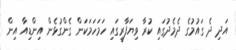
އަދި ދެ ގައުމުގެ ދެމެދުގައި ކުރާ ވިޔަފާރީގައި ހަމަހަމަކަން ގެންގުޅެން އިންޑިއާ އިން